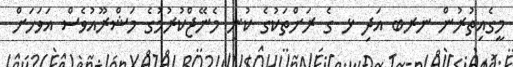
މީގެއިތުރުން ނރބ އަދި ޅ ގެ ރަށްތަކުގެ ކުނި މެނޭޖްކުރުމުގެ މަޝްރޫއުވެސް އަވަހަށް